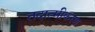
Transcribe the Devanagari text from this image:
तदात्मीकरण